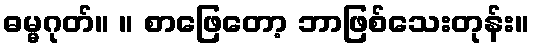
ဓမ္မဂုတ်။ ။ စာဖြေတော့ ဘာဖြစ်သေးတုန်း။